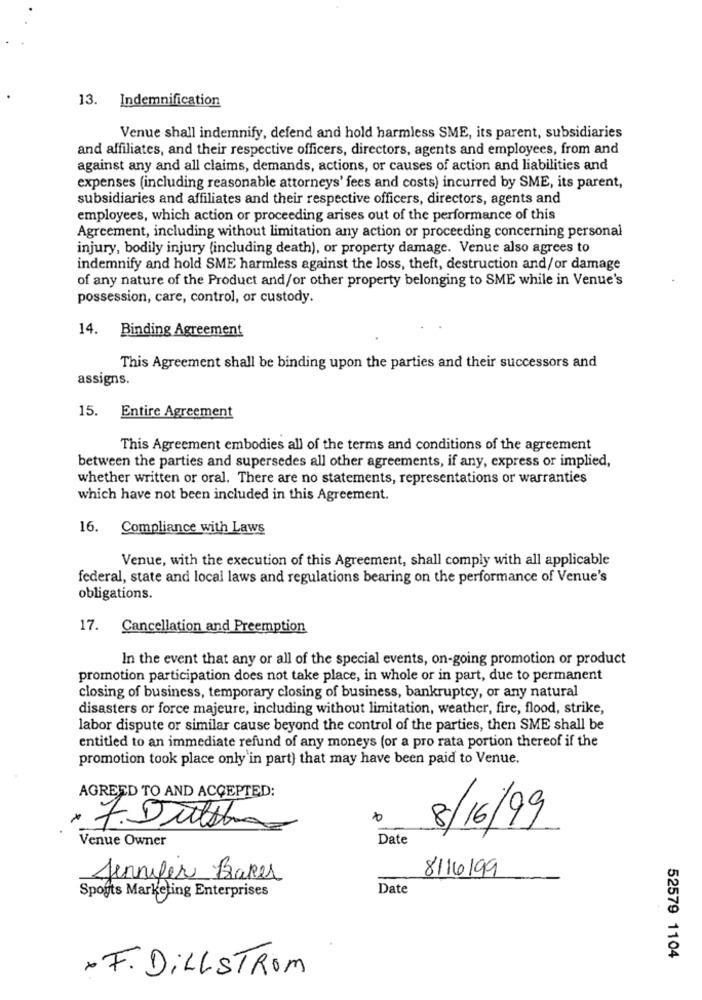
13. Indemnification
Venue shall indemnify, defend and hold harmless SME, its parent, subsidiaries
and affiliates, and their respective officers, directors, agents and employees, from and
against any and all claims, demands, actions, or causes of action and liabilities and
expenses (including reasonable attorneys' fees and costs) incurred by SME, its parent,
subsidiaries and affiliates and their respective officers, directors, agents and
employees, which action or proceeding arises out of the performance of this
Agreement, including without limitation any action or proceeding concerning personal
injury, bodily injury (including death), or property damage. Venue also agrees to
indemnify and hold SME harmless against the loss, theft, destruction and/or damage
of any nature of the Product and/or other property belonging to SME while in Venue's
possession, care, control, or custody.
14.
Binding Agreement
This Agreement shall be binding upon the parties and their successors and
assigns.
15. Entire Agreement
This Agreement embodies all of the terms and conditions of the agreement
between the parties and supersedes all other agreements, if any, express or implied,
whether written or oral. There are no statements, representations or warranties
which have not been included in this Agreement.
16.
Compliance with Laws
Venue, with the execution of this Agreement, shall comply with all applicable
federal, state and local laws and regulations bearing on the performance of Venue's
obligations.
17.
Cancellation and Preemption
In the event that any or all of the special events, on-going promotion or product
promotion participation does not take place, in whole or in part, due to permanent
closing of business, temporary closing of business, bankruptcy, or any natural
disasters or force majeure, including without limitation, weather, fire, flood, strike,
labor dispute or similar cause beyond the control of the parties, then SME shall be
entitled to an immediate refund of any moneys (or a pro rata portion thereof if the
promotion took place only'in part) that may have been paid to Venue.
AGREED TO AND ACCEPTED:
8/16/99
7.Dutsha
Venue Owner
Date
Jennifer Baker
8/16199
Spogts Marketing Enterprises
Date
52579 1104
F. DILLSTROM